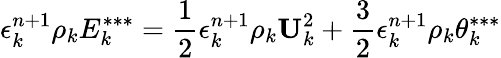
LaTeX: \epsilon_{k}^{n+1}\rho_{k}E_{k}^{***}=\frac{1}{2}\epsilon_{k}^{n+1}\rho_{k}\textbf{U}_{k}^{2}+\frac{3}{2}\epsilon_{k}^{n+1}\rho_{k}\theta_{k}^{***}